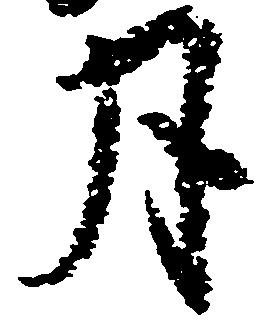
月